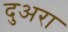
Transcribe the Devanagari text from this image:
दुअरा